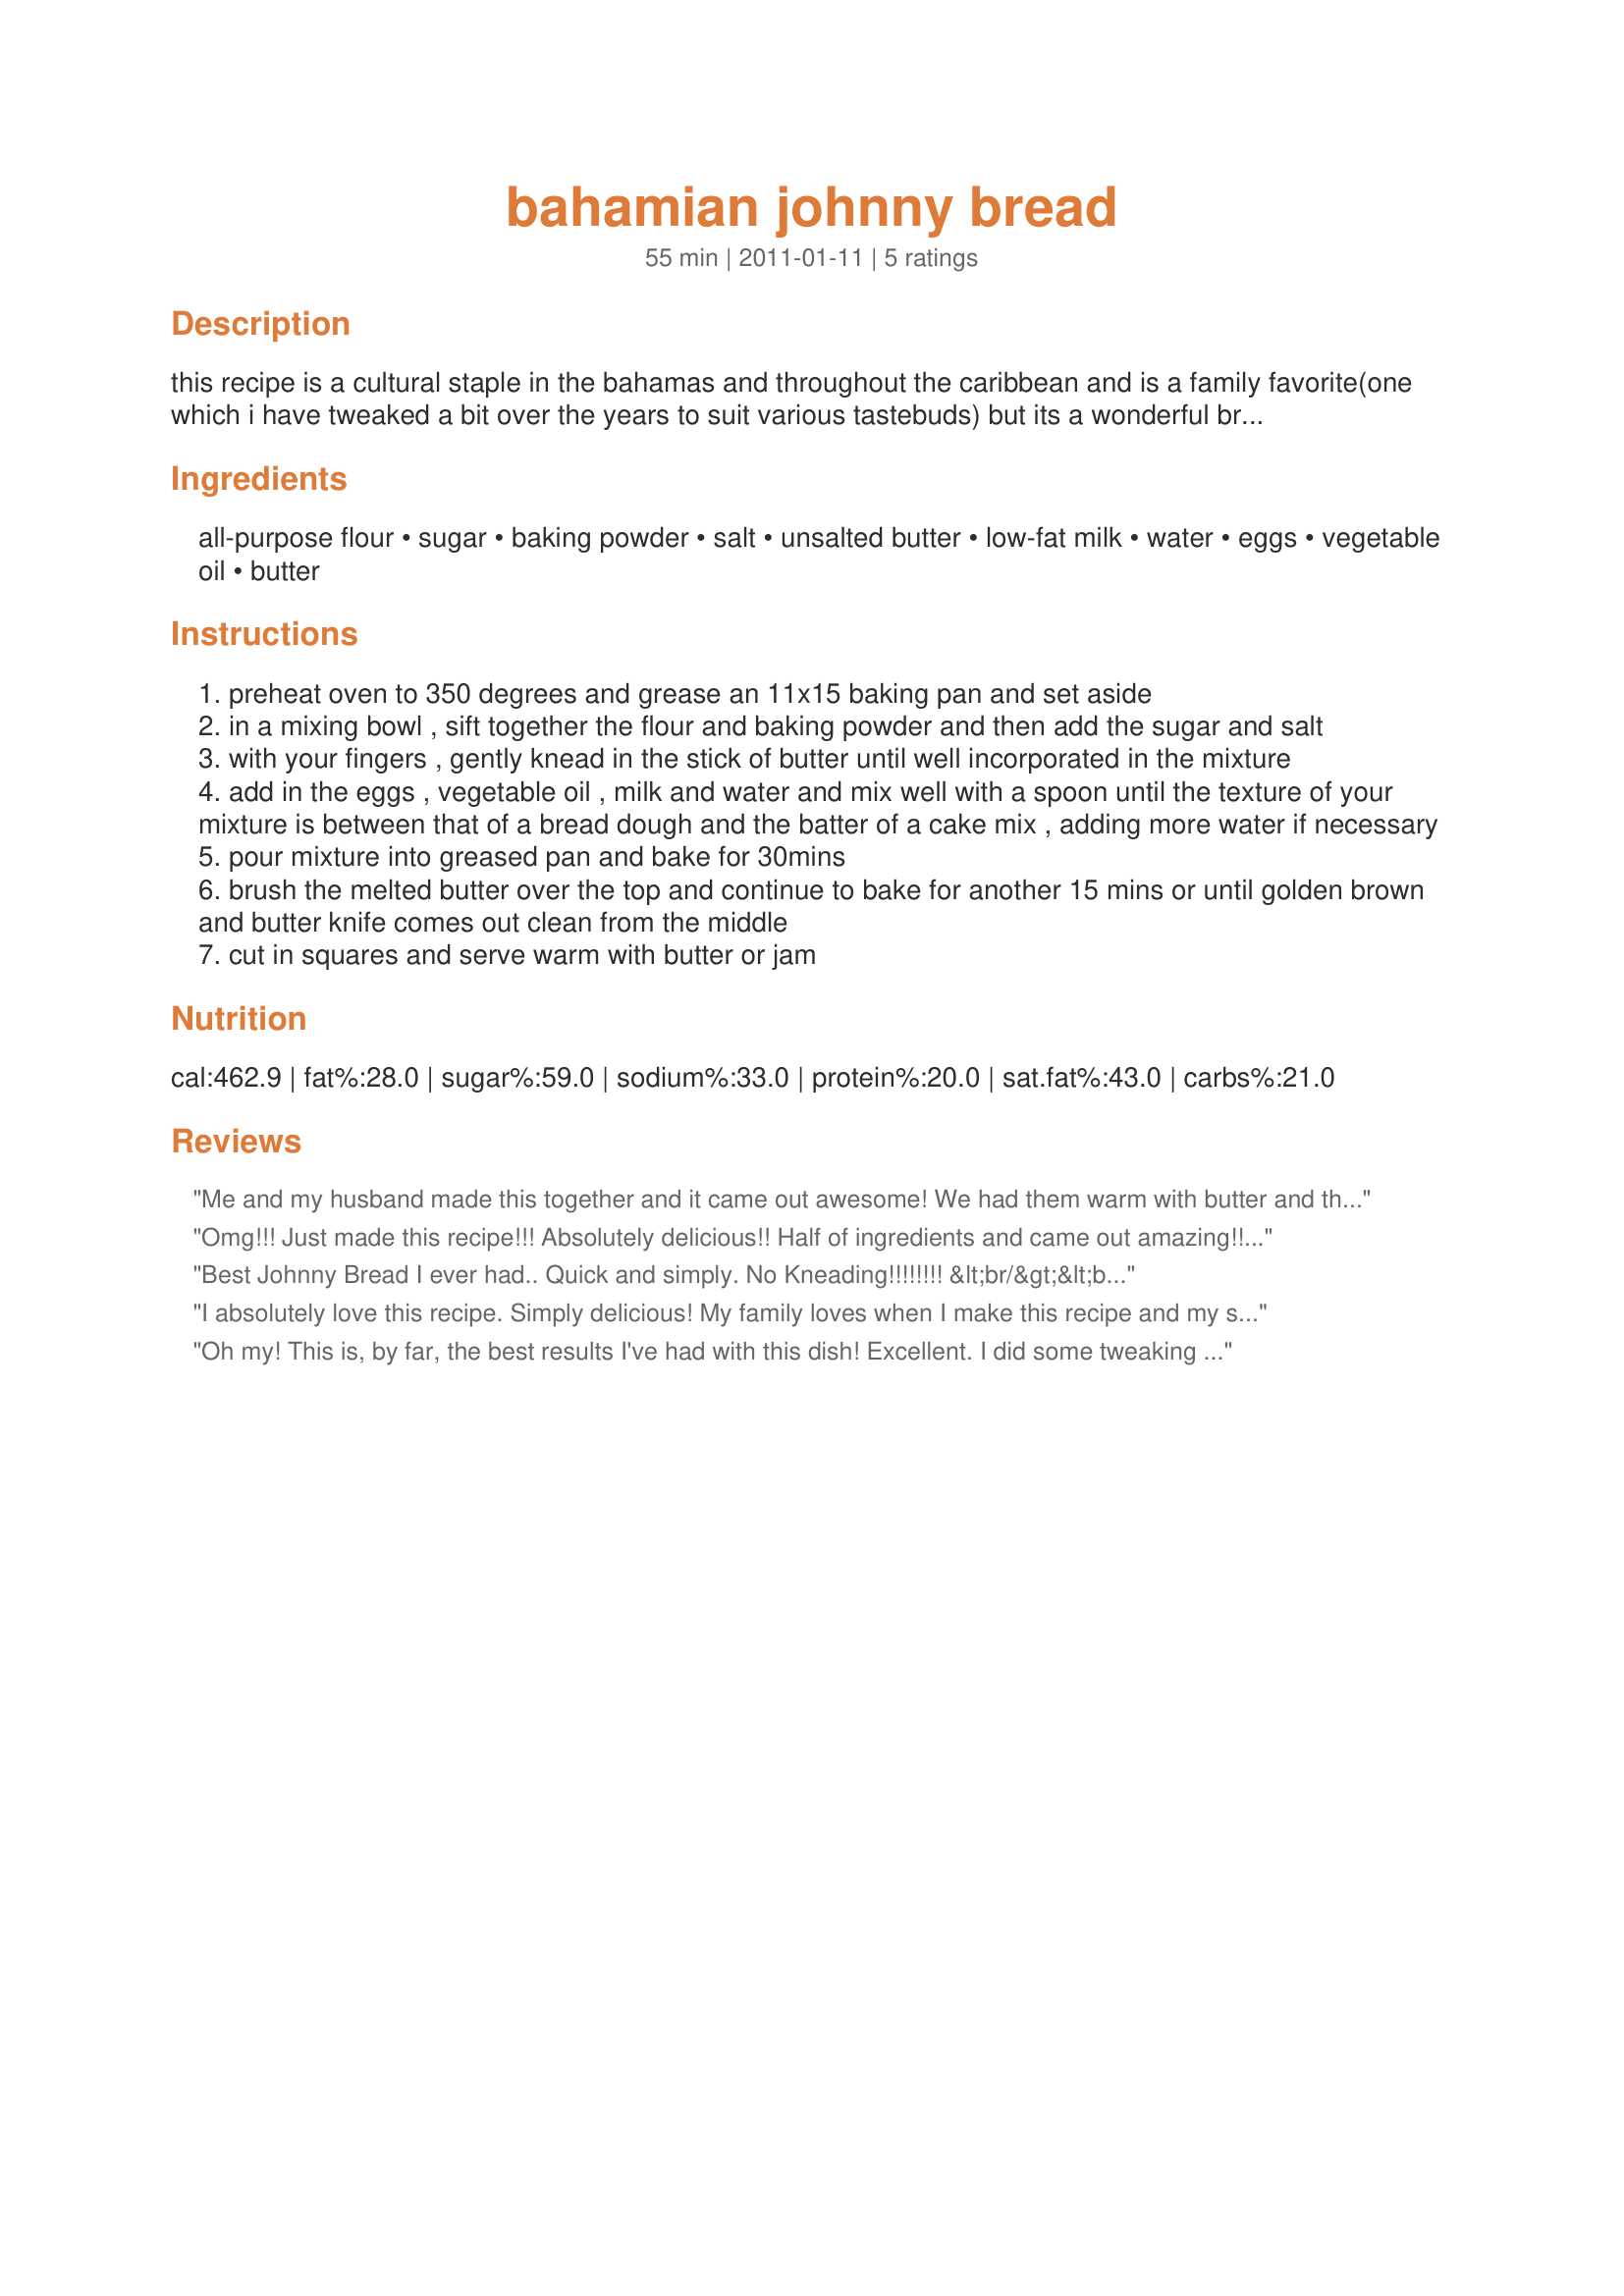
bahamian johnny bread
Preparation time: 55 minutes

this recipe is a cultural staple in the bahamas and throughout the caribbean and is a family favorite(one which i have tweaked a bit over the years to suit various tastebuds) but its a wonderful bread/cake-like dish thats commonly served with soups and souses of all kinds (for breakfast, lunch or dinner)and can also be wonderful after dinner supper topped with jam and served with tea or cocoa. my family especially loves to eat it like a sandwich with cheese or peanut butter in the middle.yum...the choices are endless. hope you enjoy!!!!

Ingredients:
all-purpose flour, sugar, baking powder, salt, unsalted butter, low-fat milk, water, eggs, vegetable oil, butter

Steps:
preheat oven to 350 degrees and grease an 11x15 baking pan and set aside
in a mixing bowl , sift together the flour and baking powder and then add the sugar and salt
with your fingers , gently knead in the stick of butter until well incorporated in the mixture
add in the eggs , vegetable oil , milk and water and mix well with a spoon until the texture of your mixture is between that of a bread dough and the batter of a cake mix , adding more water if necessary
pour mixture into greased pan and bake for 30mins
brush the melted butter over the top and continue to bake for another 15 mins or until golden brown and butter knife comes out clean from the middle
cut in squares and serve warm with butter or jam

Reviews:
Me and my husband made this together and it came out awesome! We had them warm with butter and they were delicious, also later on we tried it with some grape jam, it was so good! Definitely somewhere between a cake and bread, butter makes it taste more like bread, and jam more like cake. I love how you can dress this up either way you like it and its subtle enough to work both ways. The consistency reminds me of cornbread but this recipe puts corn bread to shame as it taste like a lightly sweetened cake, or lightly sweetened bread. I would recommend this recipe to anyone and plan on serving some when my parents come over this weekend for Easter. I think the servings said up to 16, i cut these into squares and packaged them and got over 20 bags! This makes a whole bunch of bread and is very delicious! Thank you for sharing your recipe!
Omg!!! Just made this recipe!!! Absolutely delicious!! Half of ingredients and came out amazing!! Just like in the Bahamas!!
Best Johnny Bread I ever had.. Quick and simply. No Kneading!!!!!!!! &lt;br/&gt;&lt;br/&gt;In the Bahamas its tradition to make chicken souse and Johnny bread /cake, for New Years morning... Of course I was the chef for my New Years family gathering and let me tell you this Johnny Bread was a huge HIT... Everyone loved it.... Thank you so much for sharing this awesome recipe. &lt;br/&gt;&lt;br/&gt;This is now my go-to recipe... Hope you find it as helpful as i did.
I absolutely love this recipe. Simply delicious! My family loves when I make this recipe and my sister now&#039;s calls me the queen of Johnny bread, while my 4 year old just says mommy more ...I want more! It&#039;s definitely a scrumptious hit that never disappoints.
Oh my! This is, by far, the best results I've had with this dish! Excellent. I did some tweaking by using Bob's Red Mill Whole Wheat pastry flour intead of all-purpose and Flaxmilk instead of low-fat milk. Delicious!
